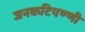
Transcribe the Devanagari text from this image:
जनकटिपण्णी